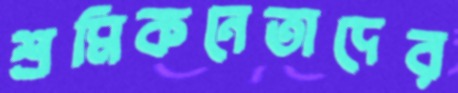
শ্রমিকনেতাদের